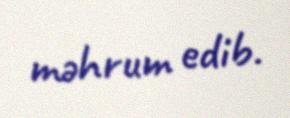
məhrum edib.